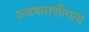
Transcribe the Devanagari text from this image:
अवक्रमणीयता